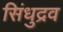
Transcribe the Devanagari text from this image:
सिंधुद्रव